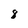
Character: 8